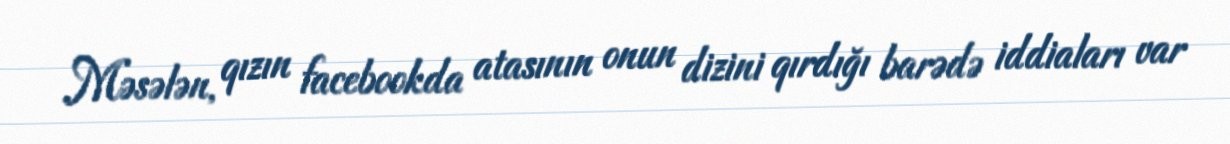
Məsələn, qızın facebookda atasının onun dizini qırdığı barədə iddiaları var